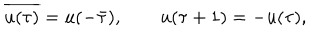
\overline { { { u ( \tau ) } } } = u ( - \bar { \tau } ) , \qquad u ( \tau + 1 ) = - u ( \tau ) ,